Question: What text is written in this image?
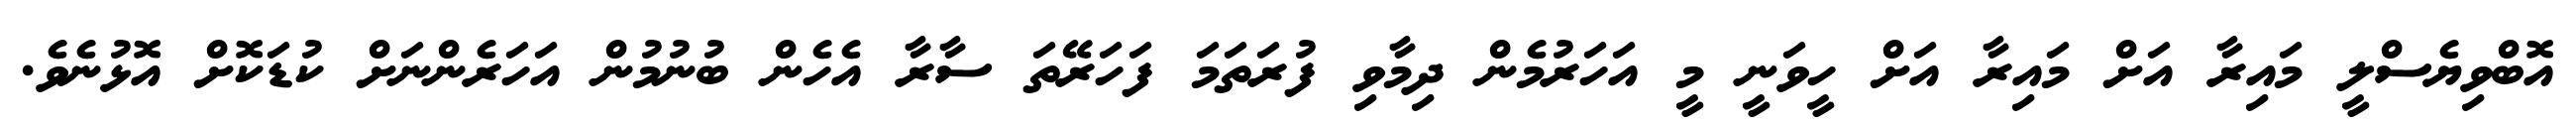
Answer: އޮބްވިޔެސްލީ މައިރާ އަށް މައިރާ އަށް ހީވަނީ މީ އަހަރުމެން ދިމާވި ފުރަތަމަ ފަހަރޭތަ ސާރާ އެހެން ބުނުމުން އަހަރެންނަށް ކުޑަކޮށް އޮޅުނެވެ.